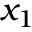
x _ { 1 }